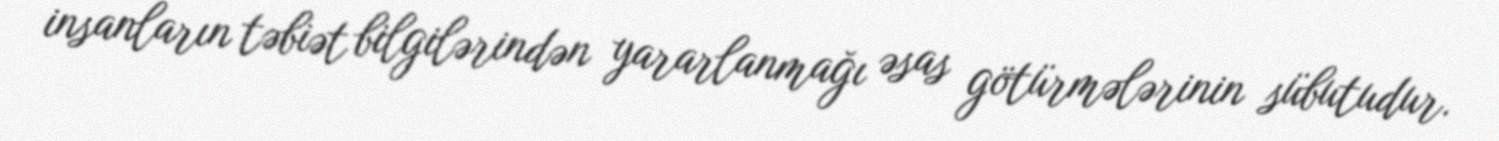
insanların təbiət bilgilərindən yararlanmağı əsas götürmələrinin sübutudur.